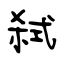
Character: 弑